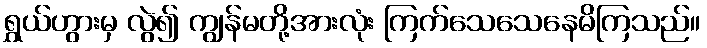
ရွှယ်ဟွားမှ လွဲ၍ ကျွန်မတို့အားလုံး ကြက်သေသေနေမိကြသည်။